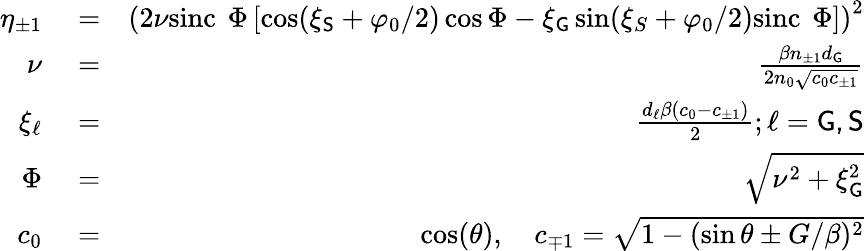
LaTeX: \begin{array}{rlr}{\eta_{\pm 1}}&{{}=}&{\left(2\nu\textrm{sinc\, }{\Phi}\left[\cos(\xi_{\mathsf{S}}+\varphi_{0}/2)\cos\Phi-\xi_{\mathsf{G}}\sin(\xi_{S}+\varphi_{0}/2)\textrm{sinc\, }{\Phi}\right]\right)^{2}}\\ {\nu}&{{}=}&{\frac{\beta n_{\pm 1}d_{\mathsf{G}}}{2n_{0}\sqrt{c_{0}c_{\pm 1}}}}\\ {\xi_{\ell}}&{{}=}&{\frac{d_{\ell}\beta(c_{0}-c_{\pm 1})}{2};\ell=\mathsf{G,S}}\\ {\Phi}&{{}=}&{\sqrt{\nu^{2}+\xi_{\mathsf{G}}^{2}}}\\ {c_{0}}&{{}=}&{\cos(\theta),\quad c_{\mp 1}=\sqrt{1-(\sin\theta\pm G/\beta)^{2}}}\end{array}